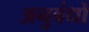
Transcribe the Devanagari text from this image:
अनुबंधो